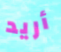
أريد